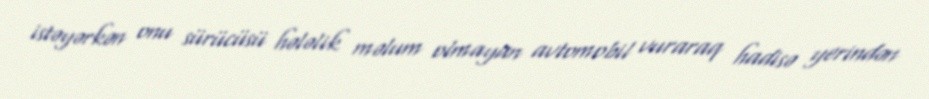
istəyərkən onu sürücüsü hələlik məlum olmayan avtomobil vuraraq hadisə yerindən